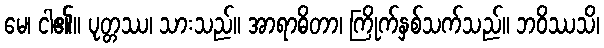
မေ၊ ငါ၏။ ပုတ္တဿ၊ သားသည်။ အာရာဓိတာ၊ ကြိုက်နှစ်သက်သည်။ ဘဝိဿသိ၊